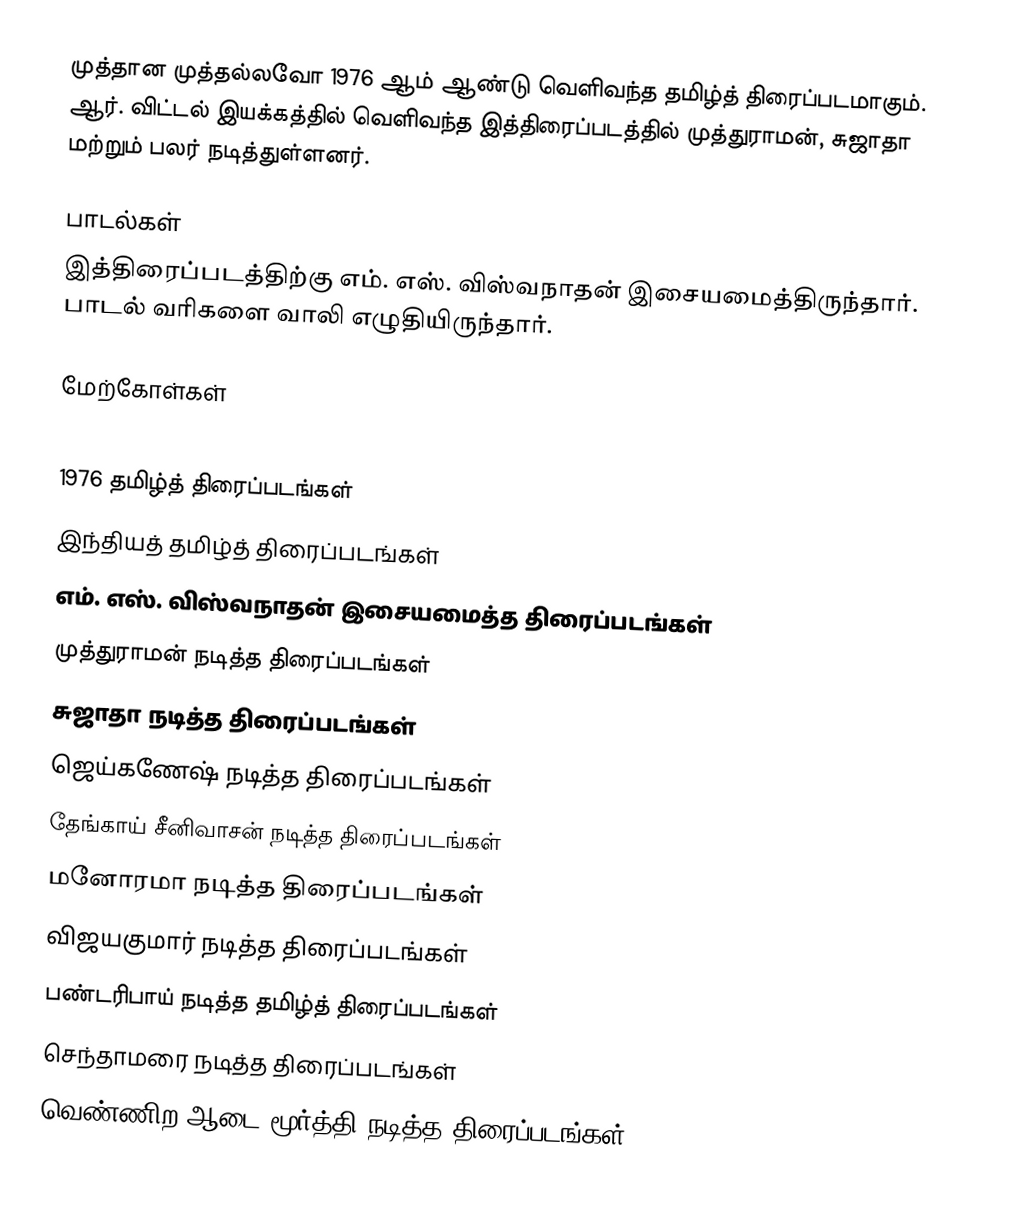
முத்தான முத்தல்லவோ 1976 ஆம் ஆண்டு வெளிவந்த தமிழ்த் திரைப்படமாகும். ஆர். விட்டல் இயக்கத்தில் வெளிவந்த இத்திரைப்படத்தில் முத்துராமன், சுஜாதா மற்றும் பலர் நடித்துள்ளனர்.

பாடல்கள்
இத்திரைப்படத்திற்கு எம். எஸ். விஸ்வநாதன் இசையமைத்திருந்தார். பாடல் வரிகளை வாலி எழுதியிருந்தார்.

மேற்கோள்கள்

1976 தமிழ்த் திரைப்படங்கள்
இந்தியத் தமிழ்த் திரைப்படங்கள்
எம். எஸ். விஸ்வநாதன் இசையமைத்த திரைப்படங்கள்
முத்துராமன் நடித்த திரைப்படங்கள்
சுஜாதா நடித்த திரைப்படங்கள்
ஜெய்கணேஷ் நடித்த திரைப்படங்கள்
தேங்காய் சீனிவாசன் நடித்த திரைப்படங்கள்
மனோரமா நடித்த திரைப்படங்கள்
விஜயகுமார் நடித்த திரைப்படங்கள்
பண்டரிபாய் நடித்த தமிழ்த் திரைப்படங்கள்
செந்தாமரை நடித்த திரைப்படங்கள்
வெண்ணிற ஆடை மூர்த்தி நடித்த திரைப்படங்கள்